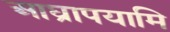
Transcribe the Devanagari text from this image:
आघ्रापयामि